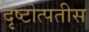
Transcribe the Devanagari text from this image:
दृष्टोत्पतीस